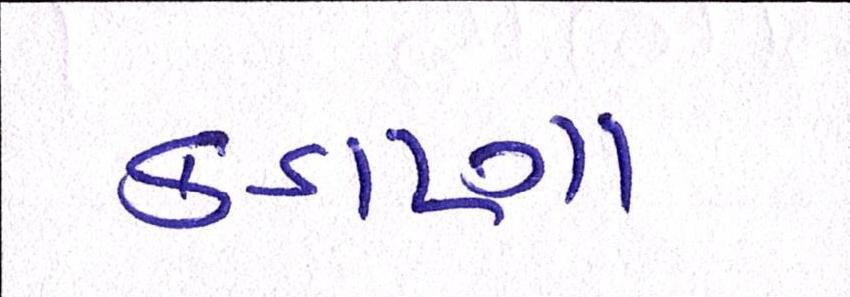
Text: કડાણા